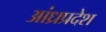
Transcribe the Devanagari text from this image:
अांध्रप्रदेश